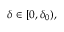
\delta \in [ 0 , \delta _ { 0 } ) ,